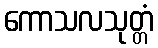
ကောသလသုတ္တံ